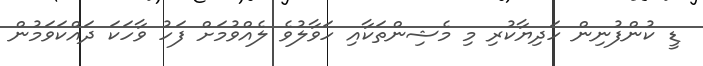
ޑީ ކުންފުނިން ހަދިޔާކުރި މި މެޝިންތަކާއި ހަވާލުވެ ލެއްވުމަށް ފަހު ވާހަކަ ދައްކަވަމުން